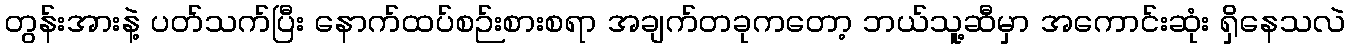
တွန်းအားနဲ့ ပတ်သက်ပြီး နောက်ထပ်စဉ်းစားစရာ အချက်တခုကတော့ ဘယ်သူ့ဆီမှာ အကောင်းဆုံး ရှိနေသလဲ